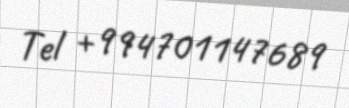
Tel +994701147689